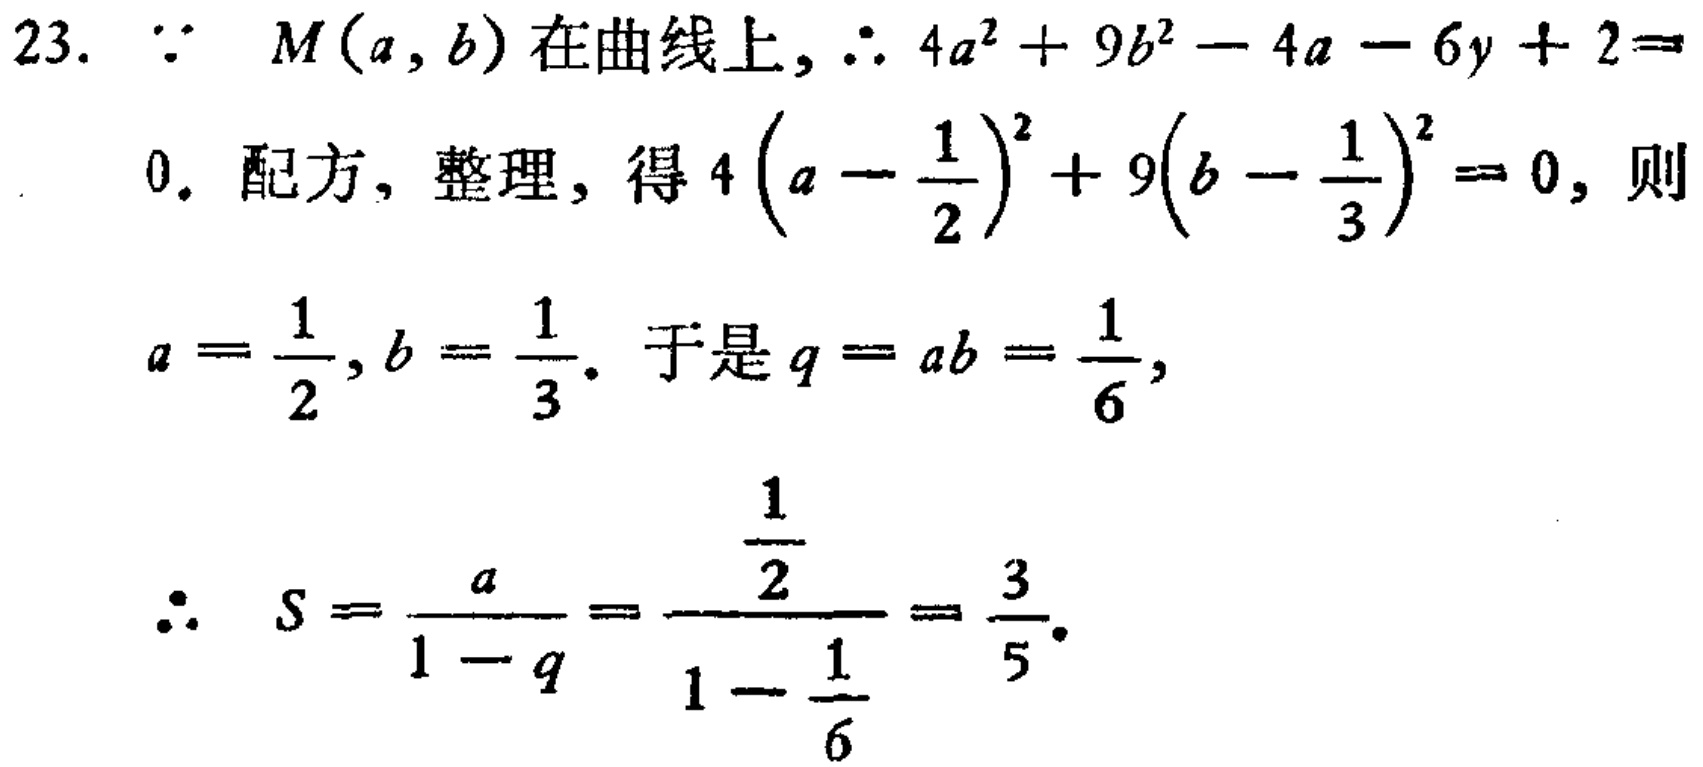
23. 因为 \(M(a,b)\) 在曲线上，所以 \(4a^{2}+9b^{2}-4a - 6b+ 2 = 0\)。配方，整理，得 \(4\left(a-\frac{1}{2}\right)^{2}+9\left(b - \frac{1}{3}\right)^{2}=0\)，则
\(a=\frac{1}{2},b=\frac{1}{3}\)。于是 \(q = ab=\frac{1}{6}\)，
所以 \(S=\frac{a}{1 - q}=\frac{\frac{1}{2}}{1-\frac{1}{6}}=\frac{3}{5}\)。